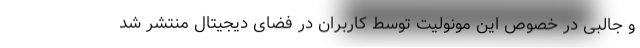
و جالبی در خصوص این مونولیت توسط کاربران در فضای دیجیتال منتشر شد